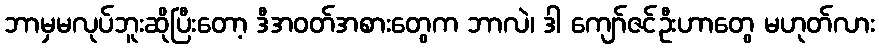
ဘာမှမလုပ်ဘူးဆိုပြီးတော့ ဒီအဝတ်အစားတွေက ဘာလဲ၊ ဒါ ကျော်ဇင်ဦးဟာတွေ မဟုတ်လား